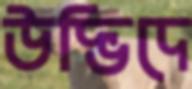
উদ্ভিদে